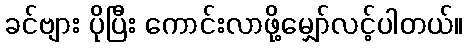
ခင်ဗျား ပိုပြီး ကောင်းလာဖို့မျှော်လင့်ပါတယ်။